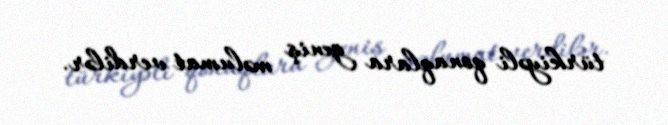
türkiyəli qonaqlara geniş məlumat verdilər.